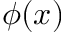
\phi ( x )